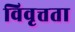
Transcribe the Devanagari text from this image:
विवृत्तता